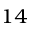
^ { 1 4 }